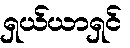
ရှယ်ယာရှင်